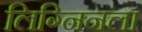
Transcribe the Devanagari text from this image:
लिग्निनला